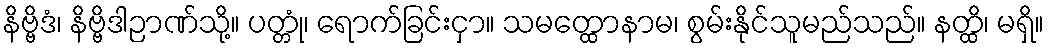
နိဗ္ဗိဒံ၊ နိဗ္ဗိဒါဉာဏ်သို့။ ပတ္တုံ၊ ရောက်ခြင်းငှာ။ သမတ္ထောနာမ၊ စွမ်းနိုင်သူမည်သည်။ နတ္ထိ၊ မရှိ။